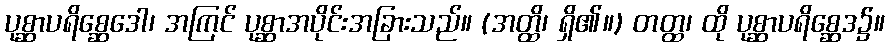
ပုစ္ဆာပရိစ္ဆေဒေါ၊ အကြင် ပုစ္ဆာအပိုင်းအခြားသည်။ (အတ္ထိ၊ ရှိ၏။) တတ္ထ၊ ထို ပုစ္ဆာပရိစ္ဆေဒ၌။